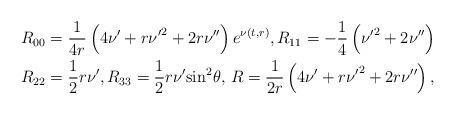
LaTeX: \begin{align*} & {{R}_{00}}=\frac{1}{4r}\left( 4{\nu }'+r{{{{\nu }'}}^{2}}+2r{\nu }'' \right){{e}^{\nu (t,r)}},{{R}_{11}}=-\frac{1}{4}\left( {{{{\nu }'}}^{2}}+2{\nu }'' \right) \\ & {{R}_{22}}=\frac{1}{2}r{\nu }',{{R}_{33}}=\frac{1}{2}r{\nu }'{{\sin }^{2}}\theta ,\, R=\frac{1}{2r}\left( 4{\nu }'+r{{{{\nu }'}}^{2}}+2r{\nu }'' \right), \end{align*}